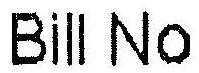
BILL NO